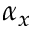
\alpha _ { x }